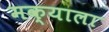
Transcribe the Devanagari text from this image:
मक्याला